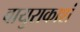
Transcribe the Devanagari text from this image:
वायुराकाशं